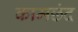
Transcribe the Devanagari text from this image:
कामछंद